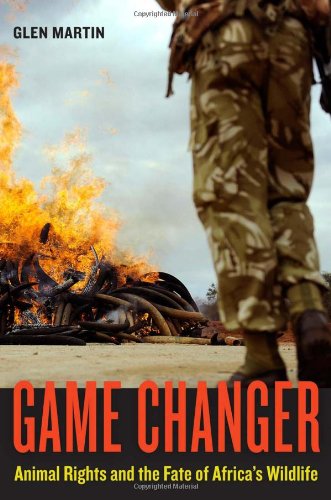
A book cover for Game Changer: Animal Rights and the Fate of Africa's Wildlife; Glen Martin; Science & Math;